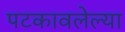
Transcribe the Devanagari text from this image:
पटकावलेल्या